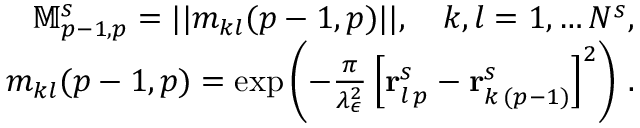
\begin{array} { r l r } & { } & { \mathbb M _ { p - 1 , p } ^ { s } = | | m _ { k l } ( p - 1 , p ) | | , \quad k , l = 1 , \ldots N ^ { s } , } \\ & { } & { m _ { k l } ( p - 1 , p ) = \exp \left( - \frac { \pi } { \lambda _ { \epsilon } ^ { 2 } } \left[ \mathbf r _ { l \, p } ^ { s } - \mathbf r _ { k \, ( p - 1 ) } ^ { s } \right] ^ { 2 } \right) \, . } \end{array}